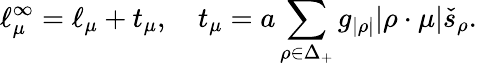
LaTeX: \ell_{\mu}^{\infty}=\ell_{\mu}+t_{\mu},\quad t_{\mu}=a\sum_{\rho\in\Delta_{+}}g_{|\rho|}|\rho\cdot\mu|\check{s}_{\rho}.